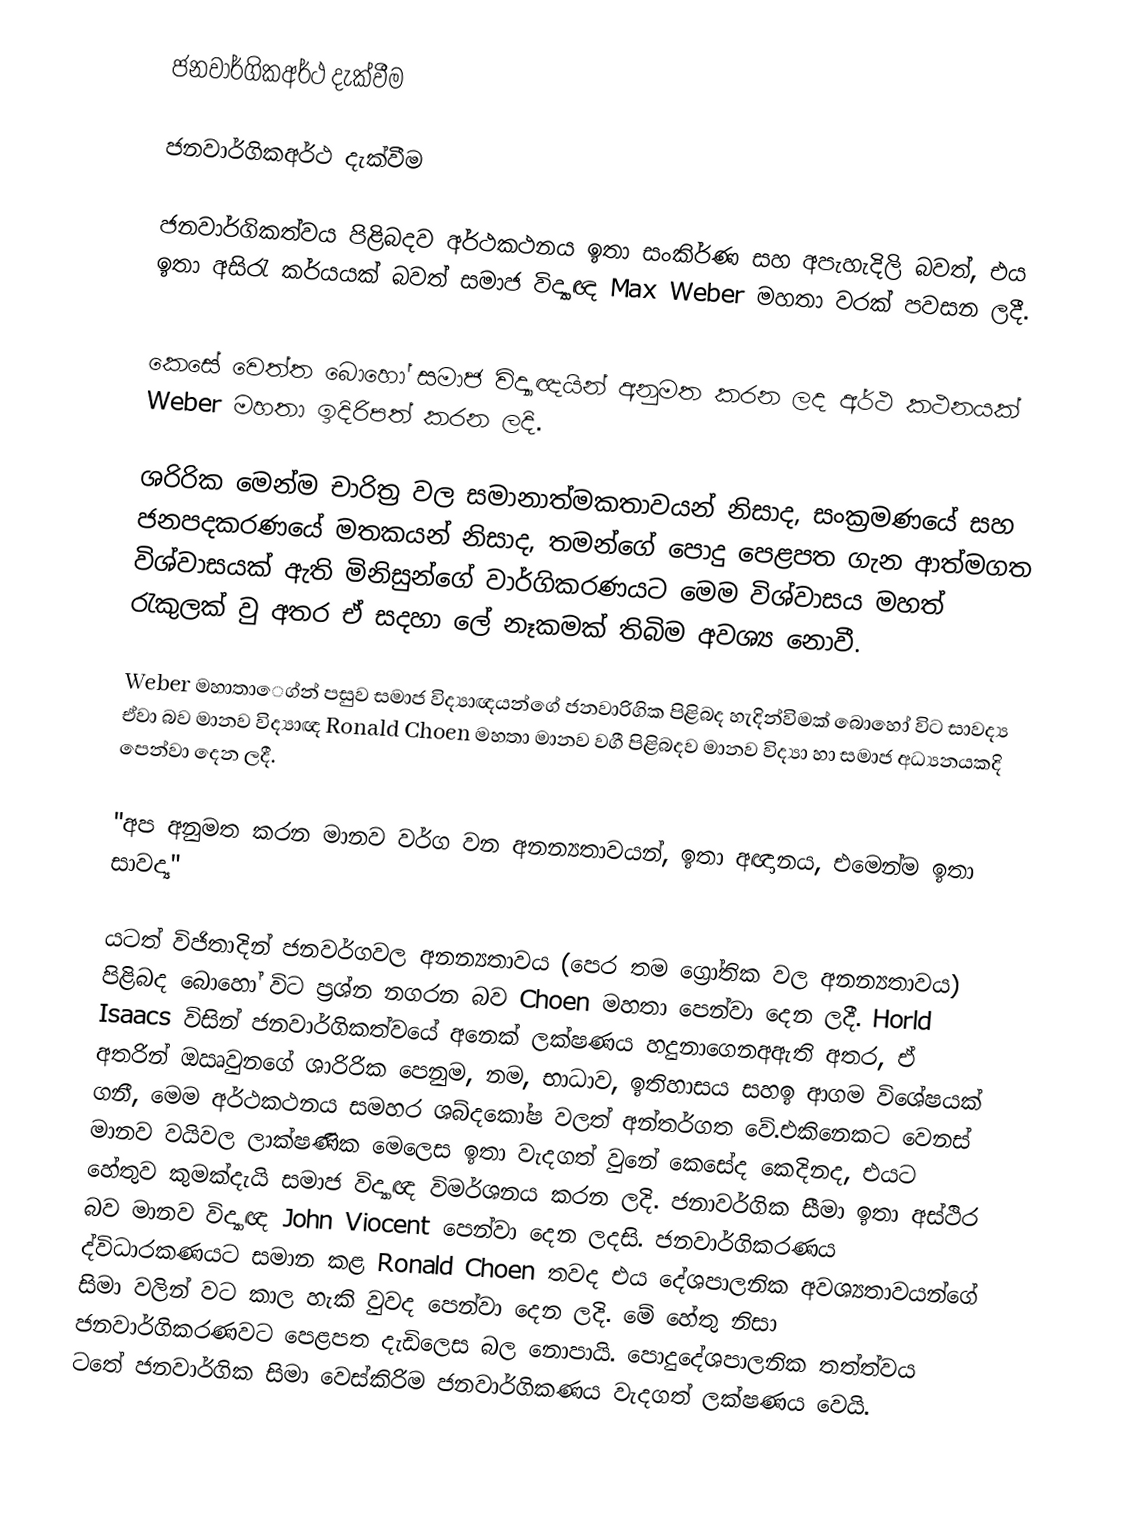
ජනවාර්ගිකඅර්ථ දැක්වීම

ජනවාර්ගිකඅර්ථ දැක්වීම

ජනවාර්ගිකත්වය පිළිබදව අර්ථකථනය ඉතා සංකිර්ණ සහ අපැහැදිලි බවත්, එය ඉතා අසිරැ කර්යයක් බවත් සමාජ විද්‍යාඥ Max Weber මහතා වරක් පවසන ලදී.

කෙසේ වෙත්ත බොහෝ සමාජ විද්‍යාඥයින් අනුමත කරන ලද අර්ථ කථනයක් Weber මහතා ඉදිරිපත් කරන ලදි.

ශරිරික මෙන්ම චාරිත්‍ර වල සමානාත්මකතාවයන් නිසාද, සංක්‍රමණයේ සහ ජනපදකරණයේ මතකයන් නිසාද, තමන්ගේ පොදු පෙළපත ගැන ආත්මගත විශ්වාසයක් ඇති මිනිසුන්ගේ වාර්ගිකරණයට මෙම විශ්වාසය මහත් රැකුලක් වු අතර ඒ සදහා ලේ නෑකමක් තිබිම අවශ්‍ය නොවී.

Weber මහාත‍ා‍ෙග්න් පසුව සමාජ විද්‍යාඥයන්ගේ ජනවාරිගික පිළිබද හැදින්විමක් බොහෝ විට සාවද්‍ය ඒවා බව මානව විද්‍යාඥ Ronald Choen මහතා ‍මානව වගී පිළිබදව මානව විද්‍යා හා සමාජ අධ්‍යනයකදි පෙන්වා දෙන ලදී.

"අප අනුමත කරන මානව වර්ග වන අනන්‍යතාවයන්, ඉතා අඥානය, එමෙන්ම ඉතා සාවද්‍ය"

යටත් විජිතාදින් ජනවර්ගවල අනන්‍යතාවය (පෙර තම ග්‍රෝතික වල අනන්‍යතාවය) පිළිබද බොහෝ විට ප්‍රශ්න නගරන බව Choen මහතා පෙන්වා දෙන ලදී. Horld Isaacs  විසින් ජනවාර්ගිකත්වයේ අනෙක් ලක්ෂණය හදුනාගෙනඅඇති අතර, ඒ අතරින් ඔඍවුනගේ ශාරිරික පෙනුම, නම, භාධාව, ඉතිහාසය සහඉ ආගම විශේෂයක් ගනී, මෙම අර්ථකථනය සමහර ශබ්දකෝෂ වලත් අන්තර්ගත වේ.එකිනෙකට වෙනස් මානව වයිවල ලාක්ෂණික මෙලෙස ඉතා වැදගත් වුනේ කෙසේද කෙදිනද, එයට හේතුව කුමක්දැයි සමාජ විද්‍යාඥ විමර්ශනය කරන ලදි. ජනාවර්ගික සීමා ඉතා අස්ථිර බව මානව විද්‍යාඥ John Viocent පෙන්වා දෙන ලදසි. ජනවාර්ගිකරණය ද්විධාරකණයට සමාන කළ Ronald Choen තවද එය දේශපාලනික අවශ්‍යතාවයන්ගේ සිමා වලින් වට කාල හැකි වුවද පෙන්වා දෙන ලදි. මේ හේතු නිසා ජනවාර්ගිකරණවට පෙළපත දැඩිලෙස බල නොපායි. පොදුදේශපාලනික තත්ත්වය ටතේ ජනවාර්ගික සිමා වෙස්කිරිම ජනවාර්ගිකණය වැදගත් ලක්ෂණය වෙයි.